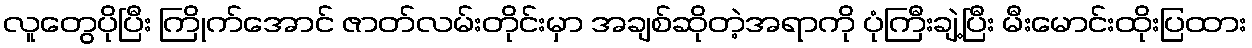
လူတွေပိုပြီး ကြိုက်အောင် ဇာတ်လမ်းတိုင်းမှာ အချစ်ဆိုတဲ့အရာကို ပုံကြီးချဲ့ပြီး မီးမောင်းထိုးပြထား